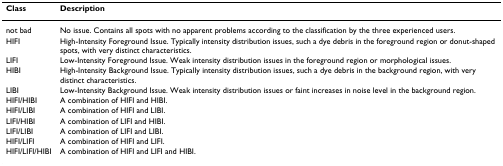
<table><thead><tr><td><b>Class</b></td><td><b>Description</b></td></tr></thead><tbody><tr><td>not bad</td><td>No issue. Contains all spots with no apparent problems according to the classification by the three experienced users.</td></tr><tr><td>HIFI</td><td>High-Intensity Foreground Issue. Typically intensity distribution issues, such a dye debris in the foreground region or donut-shaped spots, with very distinct characteristics.</td></tr><tr><td>LIFI</td><td>Low-Intensity Foreground Issue. Weak intensity distribution issues in the foreground region or morphological issues.</td></tr><tr><td>HIBI</td><td>High-Intensity Background Issue. Typically intensity distribution issues, such a dye debris in the background region, with very distinct characteristics.</td></tr><tr><td>LIBI</td><td>Low-Intensity Background Issue. Weak intensity distribution issues or faint increases in noise level in the background region.</td></tr><tr><td>HIFI/HIBI</td><td>A combination of HIFI and HIBI.</td></tr><tr><td>HIFI/LIBI</td><td>A combination of HIFI and LIBI.</td></tr><tr><td>LIFI/HIBI</td><td>A combination of LIFI and HIBI.</td></tr><tr><td>LIFI/LIBI</td><td>A combination of LIFI and LIBI.</td></tr><tr><td>HIFI/LIFI</td><td>A combination of HIFI and LIFI.</td></tr><tr><td>HIFI/LIFI/HIBI</td><td>A combination of HIFI and LIFI and HIBI.</td></tr></tbody></table>